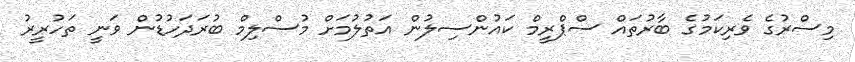
މިސްރުގެ ވެރިކަމުގެ ބާރުތައް ސްޕްރީމް ކައުންސިލުން އަތުލުމަށް މުސްލިމް ބުރަދަހުޑުން ވަނީ ތަހުރީރު